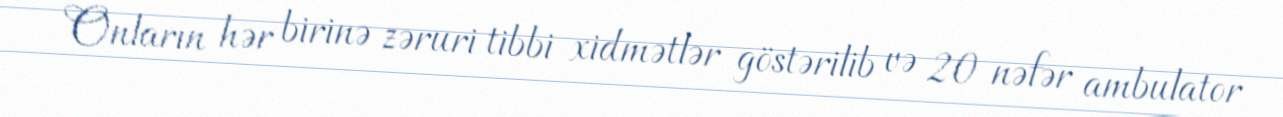
Onların hər birinə zəruri tibbi xidmətlər göstərilib və 20 nəfər ambulator